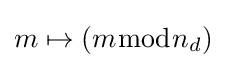
m\mapsto (m{\bmod {n}}_{d})